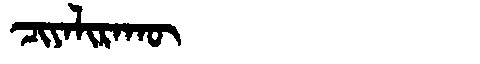
Manchu: ᠴᡳᠶᠠᠯᡳᡵᠠᡴᡡ
Romanization: CIYALIRAKŪ